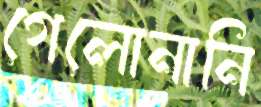
গেলোনানি